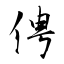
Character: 俜